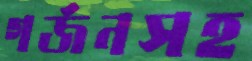
গর্জনসহ